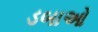
ડબાઓ